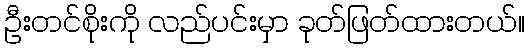
ဦးတင်စိုးကို လည်ပင်းမှာ ခုတ်ဖြတ်ထားတယ်။